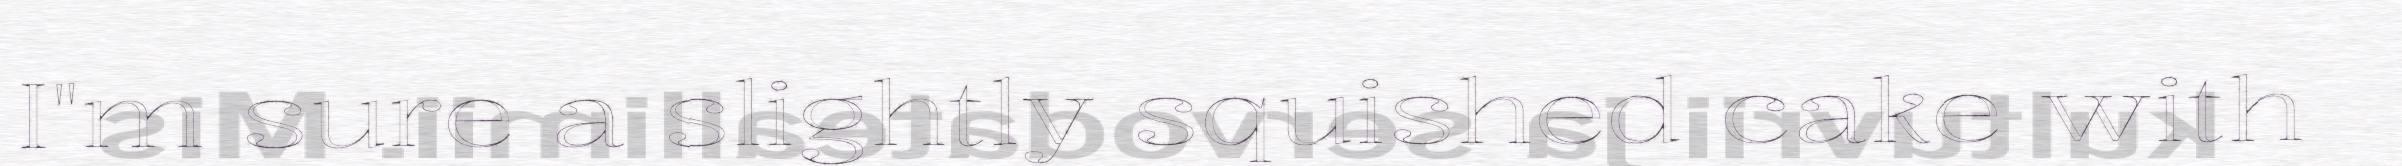
I"m sure a slightly squished cake with